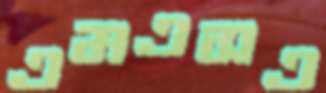
এমএসএ